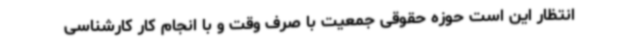
انتظار این است حوزه حقوقی جمعیت با صرف وقت و با انجام کار کارشناسی